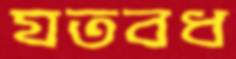
যতবধ